65_HS1-834228961_62-HQ-83894_Section_7
Agency: FBI
Page 194
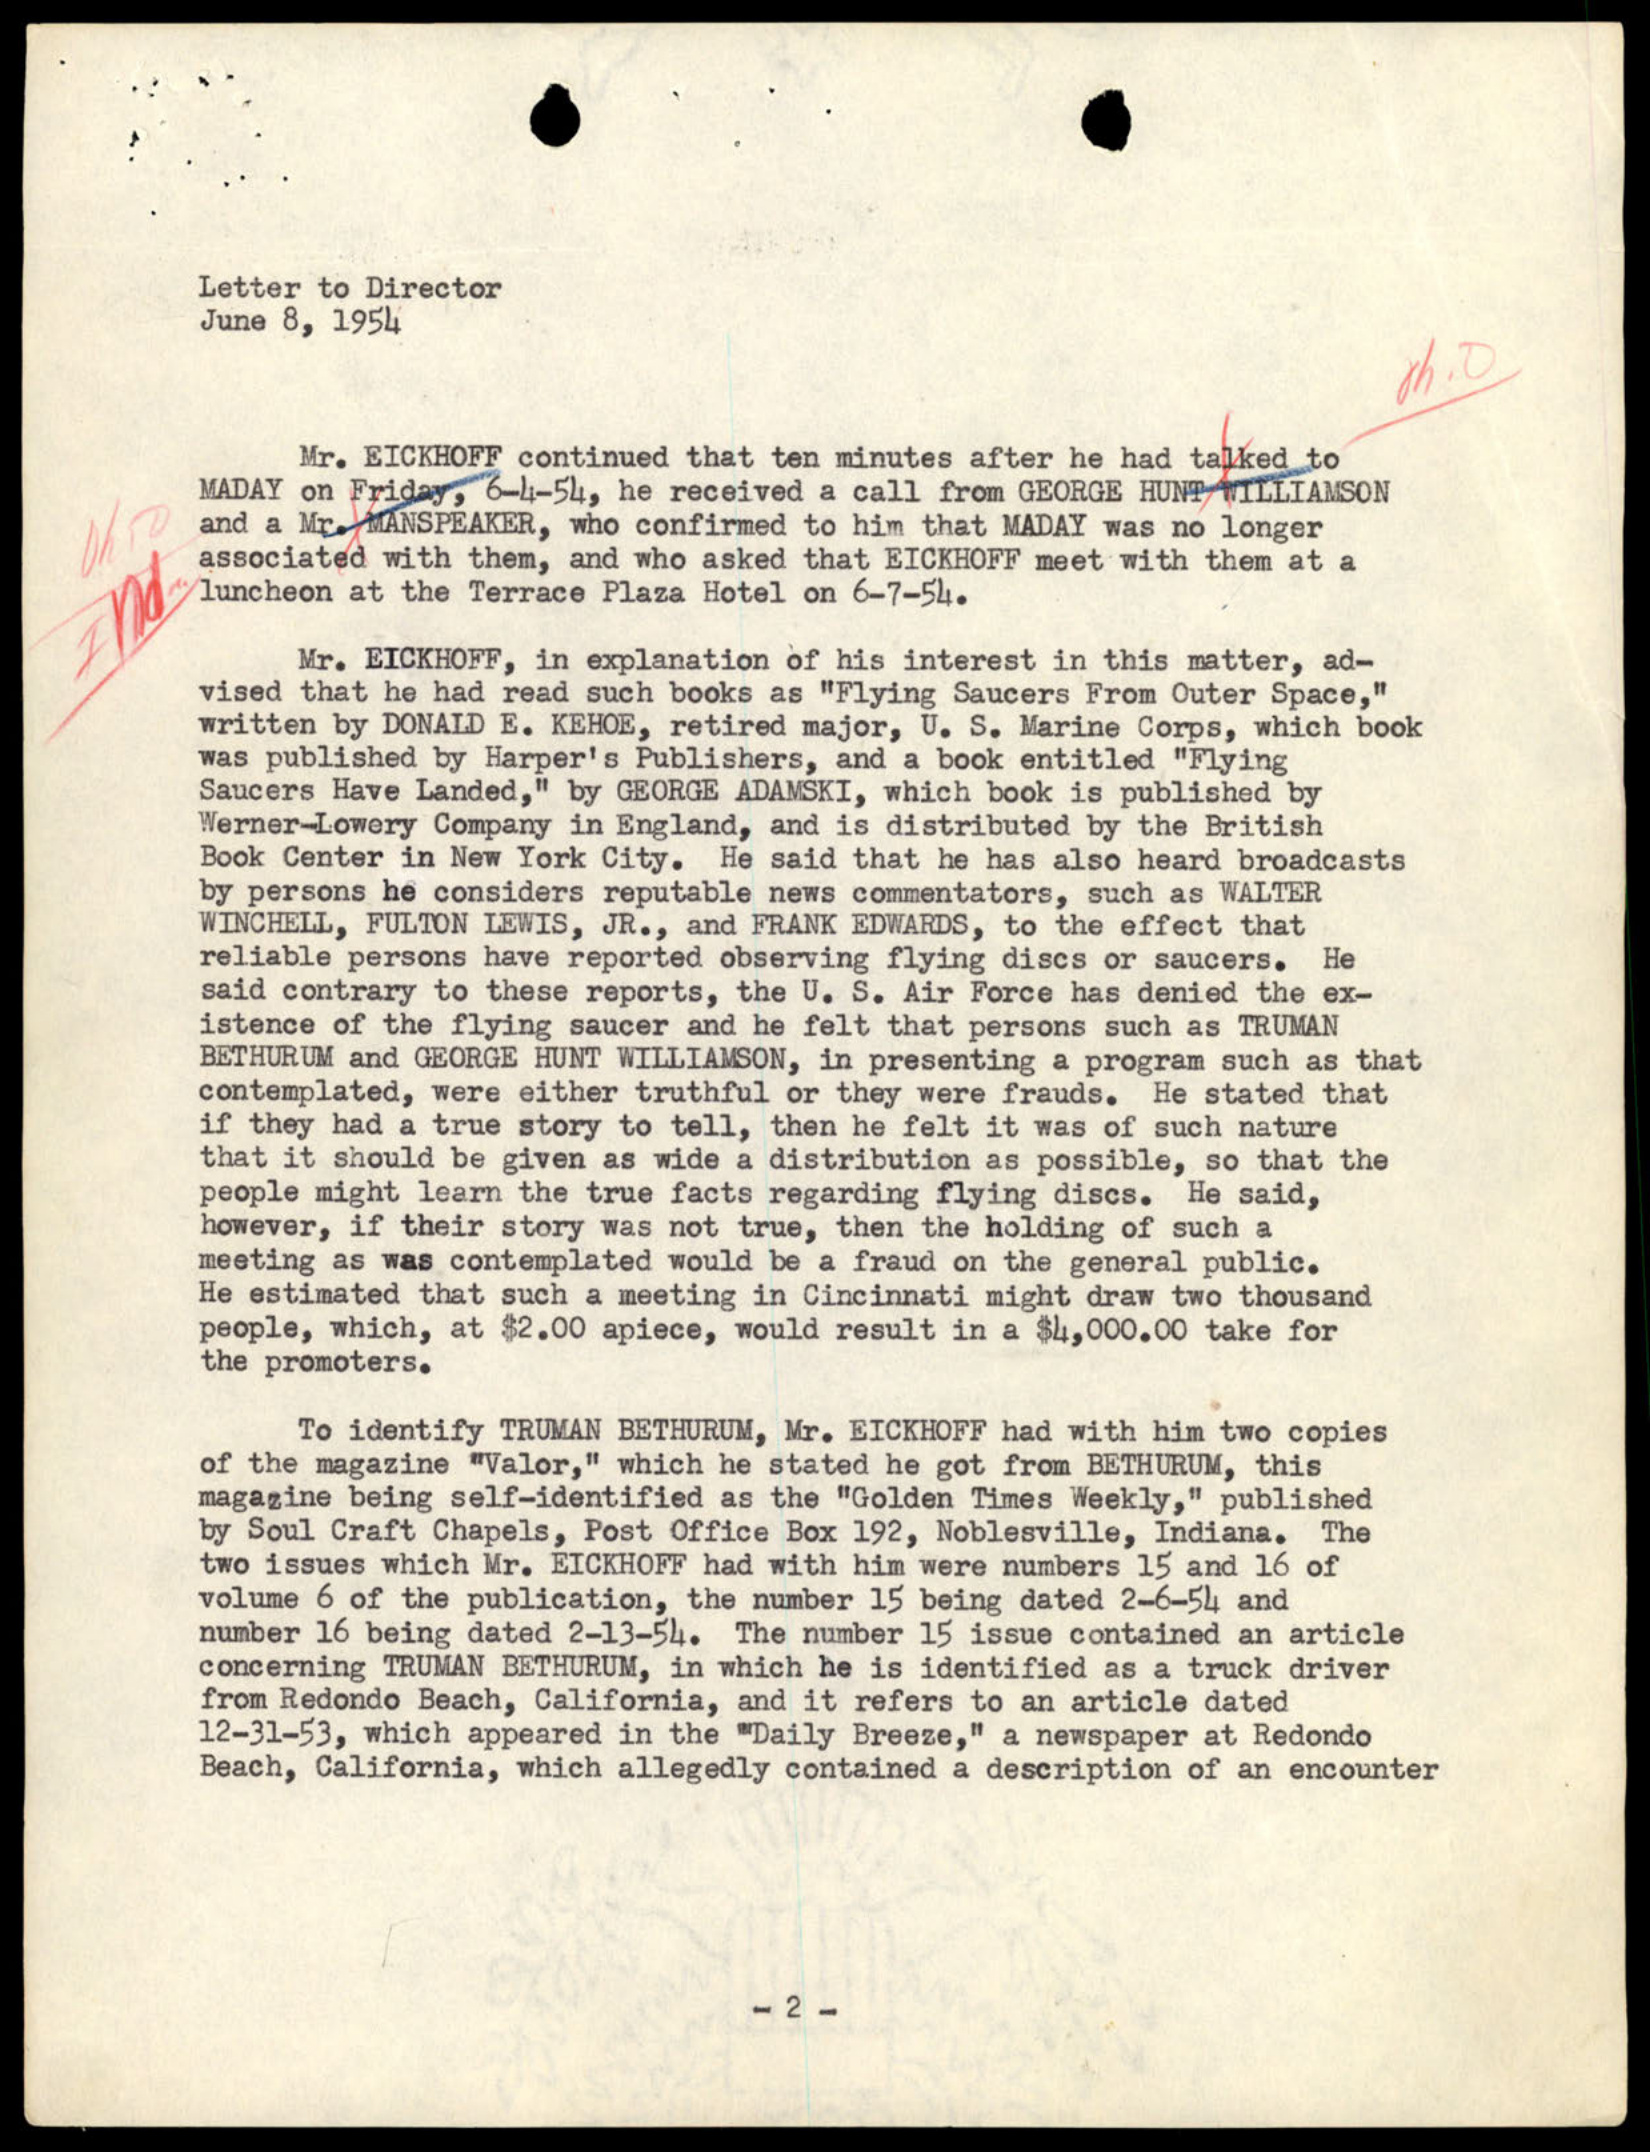